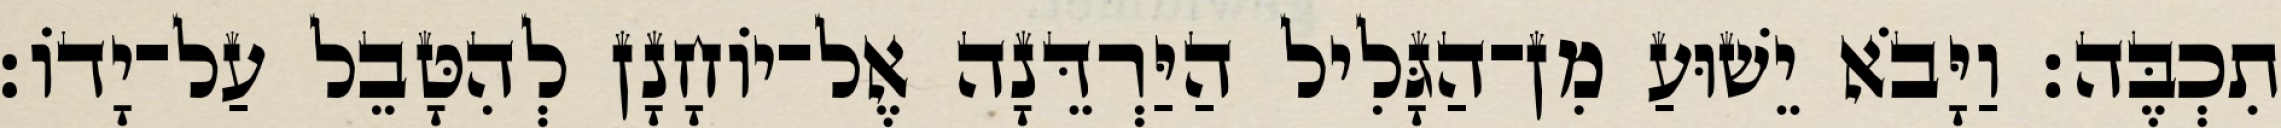
תִכְבֶּה׃ וַיָּבֹא יֵשׁוּעַ מִן־הַגָּלִיל הַיַּרְדֵּנָה אֶל־יוֹחָנָן לְהִטָּבֵל עַל־יָדוֹ׃